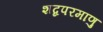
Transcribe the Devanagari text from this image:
शब्दपरमाणु